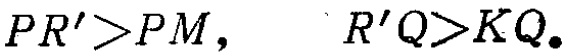
\(PR'>PM,\quad R'Q>KQ.\)